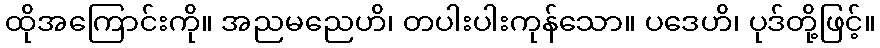
ထိုအကြောင်းကို။ အညမညေဟိ၊ တပါးပါးကုန်သော။ ပဒေဟိ၊ ပုဒ်တို့ဖြင့်။